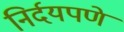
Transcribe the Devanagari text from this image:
निर्दयपणे